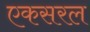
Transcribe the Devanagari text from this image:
एकसरल